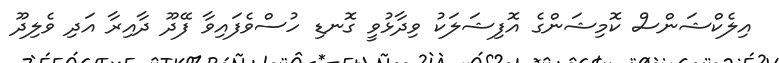
އިލެކްޝަންސް ކޮމިޝަންގެ އޮފިޝަލަކު ވިދާޅުވީ ގޮނޑި ހުސްވެފައިވާ ފޭދޫ ދާއިރާ އަދި ވެލިދޫ